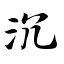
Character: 沉